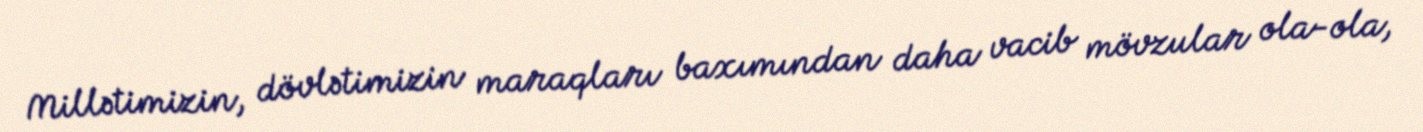
Millətimizin, dövlətimizin maraqları baxımından daha vacib mövzular ola-ola,